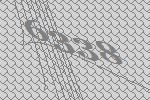
6338